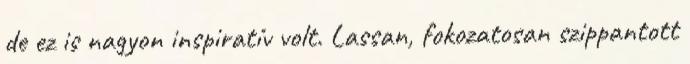
de ez is nagyon inspiratív volt. Lassan, fokozatosan szippantott